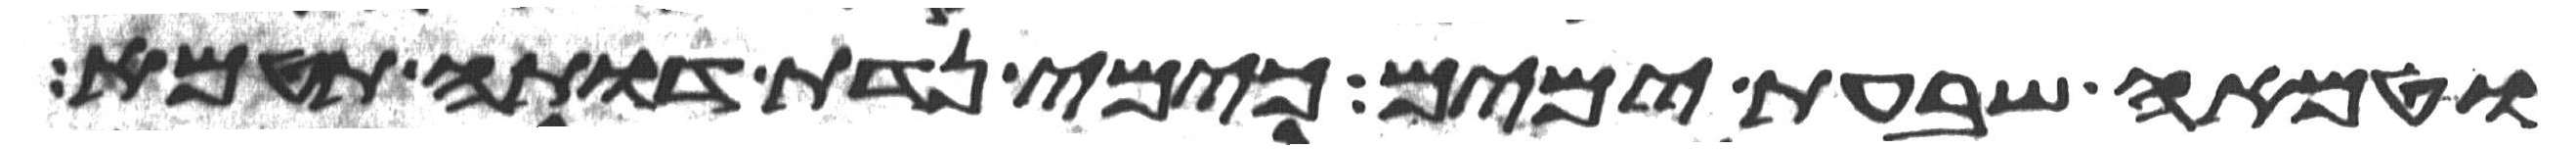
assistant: וטמאה שבעת ימים כימי נדת דותה תטמא